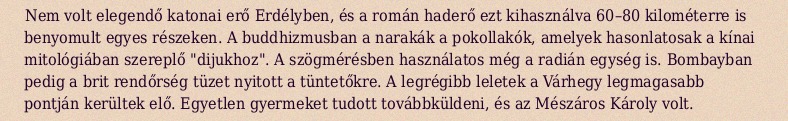
Nem volt elegendő katonai erő Erdélyben, és a román haderő ezt kihasználva 60–80 kilométerre is benyomult egyes részeken. A buddhizmusban a narakák a pokollakók, amelyek hasonlatosak a kínai mitológiában szereplő "dijukhoz". A szögmérésben használatos még a radián egység is. Bombayban pedig a brit rendőrség tüzet nyitott a tüntetőkre. A legrégibb leletek a Várhegy legmagasabb pontján kerültek elő. Egyetlen gyermeket tudott továbbküldeni, és az Mészáros Károly volt.